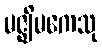
မဇ္ဈိမကေသု